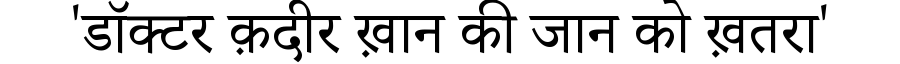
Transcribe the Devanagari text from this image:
'डॉक्टर क़दीर ख़ान की जान को ख़तरा'